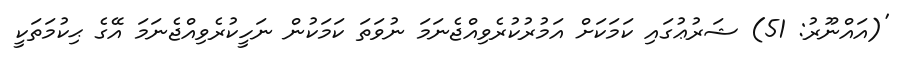
'(އައްނޫރު: 51) ޝަރުޢުގައި ކަމަކަށް އަމުރުކުރެވިއްޖެނަމަ ނުވަތަ ކަމަކުން ނަހީކުރެވިއްޖެނަމަ އޭގެ ޙިކުމަތަކީ